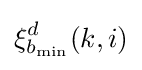
\xi _{b_{\min }}^{d}(k,i)\,\!